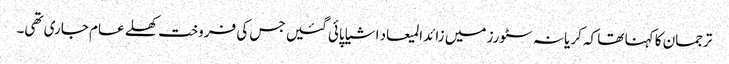
ترجمان کا کہنا تھا کہ کریانہ سٹورز میں زائدالمیعاد اشیا پائی گئیں جس کی فروخت کھلے عام جاری تھی۔